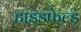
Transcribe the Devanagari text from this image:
हाइडफेल्ड